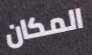
المكان